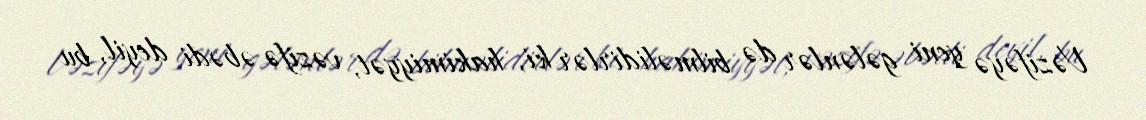
Vəzifəyə yeni gələnlər də bilməlidirlər ki, hakimiyyət, vəzifə əbədi deyil, bu